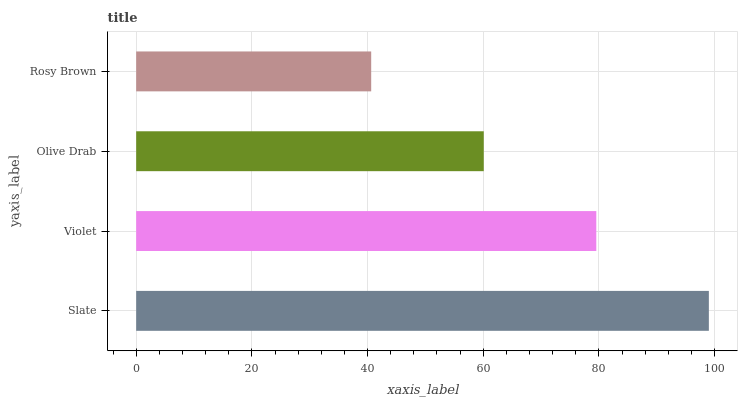
| yaxis_label | bars |
 | --- | --- |
 | Slate | 99 |
 | Violet | 79.5 |
 | Olive Drab | 60.1 |
 | Rosy Brown | 40.6 |